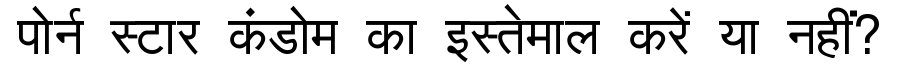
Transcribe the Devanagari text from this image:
पोर्न स्टार कंडोम का इस्तेमाल करें या नहीं?